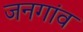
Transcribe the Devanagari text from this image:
जनगांव